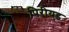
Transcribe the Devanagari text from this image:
पिरीयड